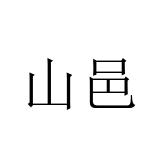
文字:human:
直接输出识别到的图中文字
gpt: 山邑